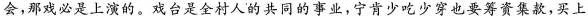
\underline{会,那戏必是上演的。}戏台是全村人的共同的事业,宁肯少吃少穿也要筹资集款,买上